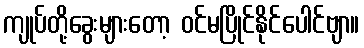
ကျုပ်တို့ခွေးများတော့ ဝင်မပြိုင်နိုင်ပေါင်ဗျာ။